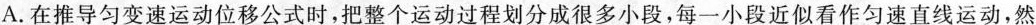
A.在推导匀变速运动位移公式时，把整个运动过程划分成很多小段，每一小段近似看作匀速直线运动，然